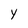
Character: y